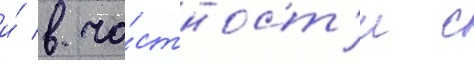
и́ в ча́стност'и с